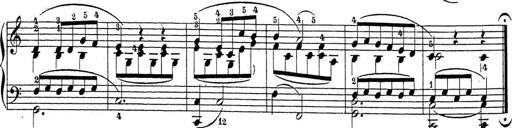
Title: Sonatina Album
Composer: Louis KÃ¶hler